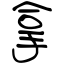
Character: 拿